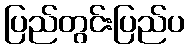
ပြည်တွင်းပြည်ပ